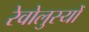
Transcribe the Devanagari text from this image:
रेवोलुस्योँ